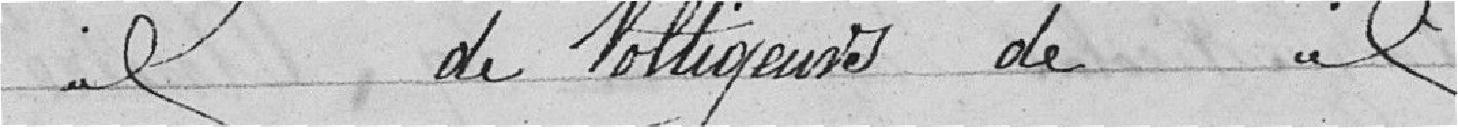
idem de Voltigeurs de idem